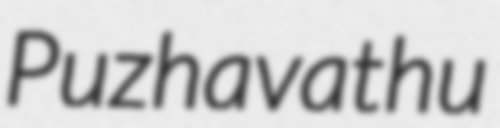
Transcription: Puzhavathu